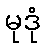
မုဒုံ